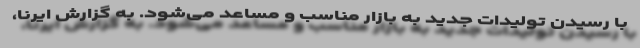
با رسیدن تولیدات جدید به بازار مناسب و مساعد می‌شود. به گزارش ایرنا،